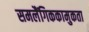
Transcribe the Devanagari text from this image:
समलैंगिककामुकता